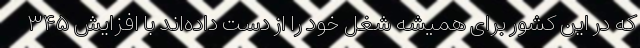
که در این کشور برای همیشه شغل خود را از دست داده‌اند با افزایش ۳۴۵